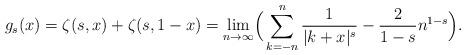
LaTeX: \begin{align*} g_s(x)=\zeta(s,x)+\zeta(s,1-x)=\lim_{n\to\infty}\Bigr(\sum_{k=-n}^n \frac{1}{|k+x|^s}-\frac{2}{1-s}n^{1-s}\Bigr).\end{align*}